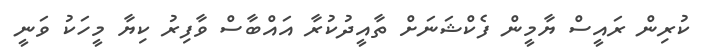
ކުރިން ރައީސް ޔާމީން ފެކްޝަނަށް ތާއީދުކުރާ އައްބާސް ވާފިރު ކިޔާ މީހަކު ވަނީ